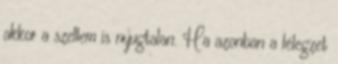
akkor a szellem is nyugtalan. Ha azonban a lélegzet